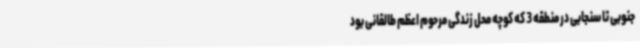
جنوبی تا سنجابی در منطقه 3 که کوچه محل زندگی مرحوم اعظم طالقانی بود